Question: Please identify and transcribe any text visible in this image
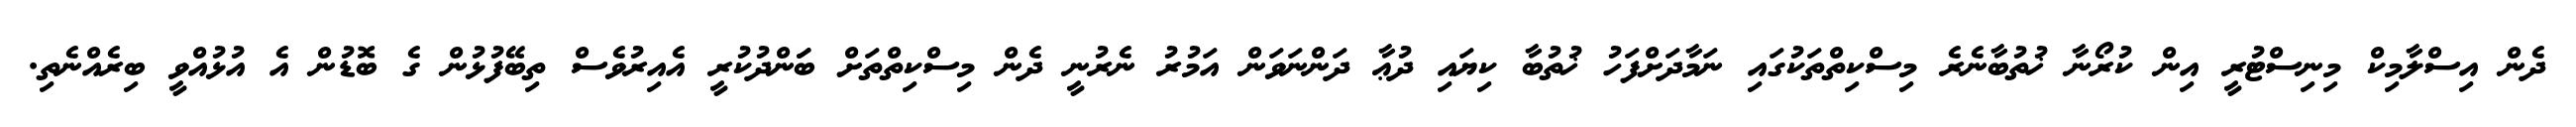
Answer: ދެން އިސްލާމިކް މިނިސްޓުރީ އިން ކުރޯނާ ޚުތުބާނެރެ މިސްކިތްތަކުގައި ނަމާދަށްފަހު ޚުތުބާ ކިޔައި ދުޢާ ދަންނަވަން އަމުރު ނެރުނީ ދެން މިސްކިތްތަށް ބަަންދުކުރީ އެއިރުވެސް ތިބޭފުޅުން ގެ ބޮޑުން އެ އުޅުއްވީ ބިރެއްނެތި.